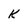
Character: k